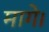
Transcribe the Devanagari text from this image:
मागे।